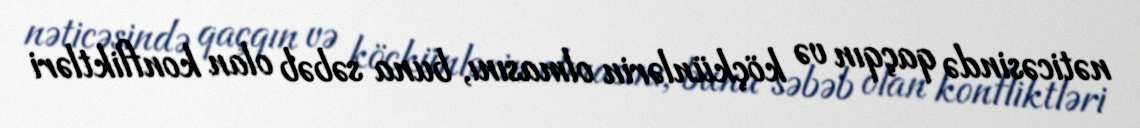
nəticəsində qaçqın və köçkünlərin olmasını, buna səbəb olan konfliktləri